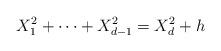
LaTeX: \begin{align*} X_1^2 + \cdots + X_{d-1}^2 = X_d^2 + h\end{align*}